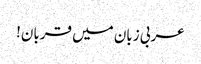
عربی زبان میں قربان!